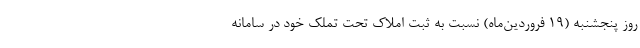
روز پنجشنبه (۱۹ فروردین‌ماه) نسبت به ثبت املاک تحت تملک خود در سامانه